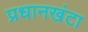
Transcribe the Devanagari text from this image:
प्रधानखंटा